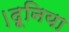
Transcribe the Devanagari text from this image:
।दूनिया